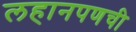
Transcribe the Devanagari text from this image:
लहानपणची